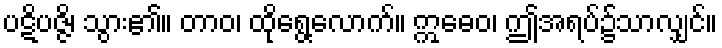
ပဋိပဇ္ဇိ၊ သွား၏။ တာဝ၊ ထိုရွေ့လောက်။ ဣဓေဝ၊ ဤအရပ်၌သာလျှင်။